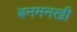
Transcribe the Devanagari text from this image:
बनमनखी